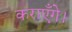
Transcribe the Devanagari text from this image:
कराएँगे।